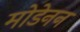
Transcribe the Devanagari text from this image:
मोडेनन